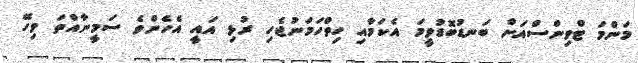
މަންމަ ޓްވިންސްއަށް ބަނޑުބޮޑުވީމަ އެކަމާއި ހިތްހަމަނުޖެހި ރުޅި އައީ އެހެންވެ ސަމީނާއްތަ ވިހޭ